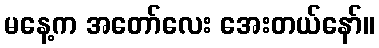
မနေ့က အတော်လေး အေးတယ်နော်။